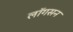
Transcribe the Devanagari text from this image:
लॉगसन